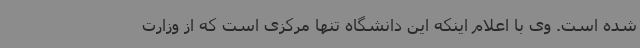
شده است. وی با اعلام اینکه این دانشگاه تنها مرکزی است که از وزارت